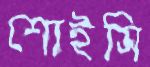
শোইসি